Medical and sanitary report of the native army of Bengal for the year
Year: 1875
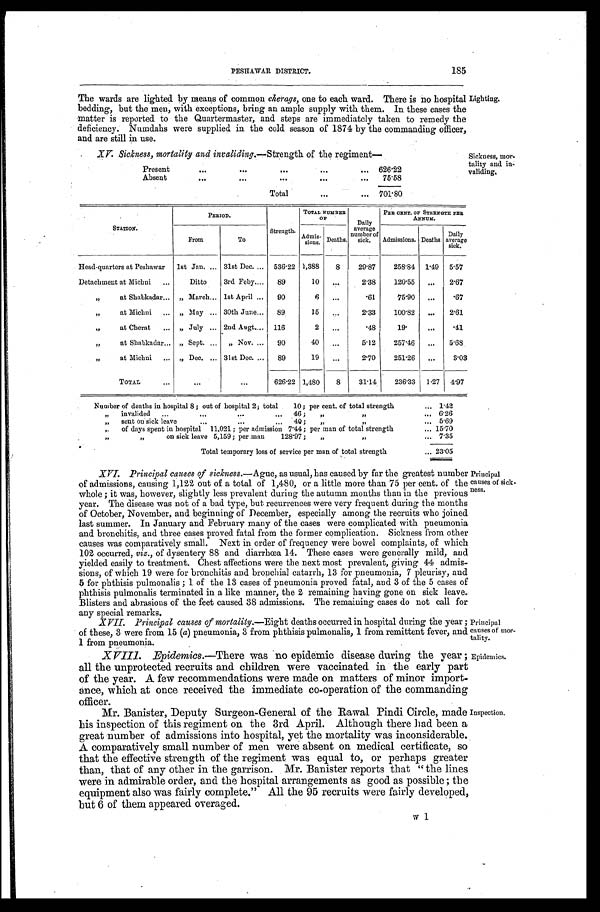
185
PESHAWAR DISTRICT.
The wards are lighted by means of common cherags, one to each ward. There is no hospital
bedding, but the men, with exceptions, bring an ample supply with them. In these cases the
matter is reported to the Quartermaster, and steps are immediately taken to remedy the
deficiency. Numdahs were supplied in the cold season of 1874 by the commanding officer,
and are still in use.
Lighting.
XV. Sickness, mortality and invaliding.—Strength of the regiment—
Present
... ... ... ... ...
626.22
Absent
... ... ... ...
...
75.58
Total
...
... 701. 80.
Sickness, mor-
tality and in-
validing,
STATION.
PERIOD.
TOTAL NUMBER
OF
Daily
average
number of
sick.
PER CENT. OF STRENGTH PER ANNUM.
From
To
Strength.
A d m i s s i o n s .
Deaths.
Admissions. Deaths
Daily
average
sick.
Head-quarters at Peshawar 1st Jan. ... 31st Dec. ... 536.22 1,388
8
29.87
258.84 1.49 5.57
Detachment at Michni ...
Ditto
3rd Feby....
89
10
...
2.38
120.55 ...
2.67
„
at Shabkadar... „ March... 1st April ...
90
6 ...
.61
75.90 ...
.67
„
at Michni ...
„ May ... 30th June... 89
15
...
2.33
100.82 ...
2.61
„
at Cherat ... „ July ... 2nd Augt.... 116
2
...
.48
19.
...
.41
„ at Shabkadar... „ Sept. ... ,, Nov. ...
90
40
...
5.12
257.46 ...
5.68
„
at Michni ... „ Dec. ... 31st Dec. ...
89
19
...
2.70
251.26 ...
3.03
TOTAL
...
... ...
626.22 1,480
8
31.14
236.33 1 .27 4.97
Number of deaths in hospital 8; out of hospital 2; total
10; per cent. of total strength
... 1.42
„ invalided ...
... ... ...
46 ;
„
„
.. , 6.26
„ sent on sick leave
...
... ...
40 ;
„ ,,
...
5.69
,, of days spent in hospital 11,021; per admission 7.44 ; per man of total strength
... 15.70
„ „ on sick leave 5,159 ; per man
128.97 ;
„ „
...
7.35
Total temporary loss of service per man of total strength
... 23.05
XVI. Principal causes of sickness.— Ague, as usual, has caused by far the greatest number
of admissions, causing 1,122 out of a total of 1,480, or a little more than 75 per cent. of the
whole ; it was, however, slightly less prevalent during the autumn months than in the previous
year. The disease was not of a bad type, but. recurrences were very frequent during the months
of October, November, and beginning of December, especially among the recruits who joined
last summer. In January and February many of the cases were complicated with pneumonia
and bronchitis, and three cases proved fatal from the former complication. Sickness from other
causes was comparatively small. Next in order of frequency were bowel complaints, of which
102 occurred, viz., of dysentery 88 and diarrhœa 14. These cases were generally mild, and
yielded easily to treatment. Chest affections were the next most prevalent, giving 44 admis-
sions, of which 19 were for bronchitis and bronchial catarrh, 13 for pneumonia, 7 pleurisy, and
5 for phthisis pulmonalis ; 1 of the 13 cases of pneumonia proved fatal, and 3 of the 5 cases of
phthisis pulmonalis terminated in , a like manner, the 2 remaining having gone on sick leave.
Blisters and abrasions of the feet caused 38 admissions. The remaining cases do not call for
any special remarks.
Principal
causes of sick-
ness.
XVII. Principal causes of mortality.— Eight deaths occurred in hospital during the year ;
of these, 3 were from 15 (a) pneumonia, 3 from phthisis pulmonalis, 1 from remittent fever, and
1 from pneumonia..
Principal
causes of mor-
tality.
XVIII. Epidemics.—There was no epidemic disease during the year ;
all the unprotected recruits and children were vaccinated in the early part
of the year. A few recommendations were made on matters of minor import-
ance, which at once received the immediate co-operation of the commanding
officer.
Mr. Banister, Deputy Surgeon-General of the Rawal Pindi Circle, made
his inspection of this regiment on the 3rd April. Although there had been a
great number of admissions into hospital, yet the mortality was inconsiderable.
A comparatively small number of men were absent on medical certificate, so
that the effective strength of the regiment was equal to, or perhaps greater
than, that of any other in the garrison. Mr. Banister reports that "the lines
were in admirable order, and the hospital arrangements as good as possible ; the
equipment also was fairly complete." All the 95 recruits were fairly developed,
but 6 of them appeared overaged.
Epidemics.
Inspection.